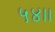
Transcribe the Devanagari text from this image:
५४।।